Vaccination in Burma 1920-1933 - 1920-1933
Year: 1920
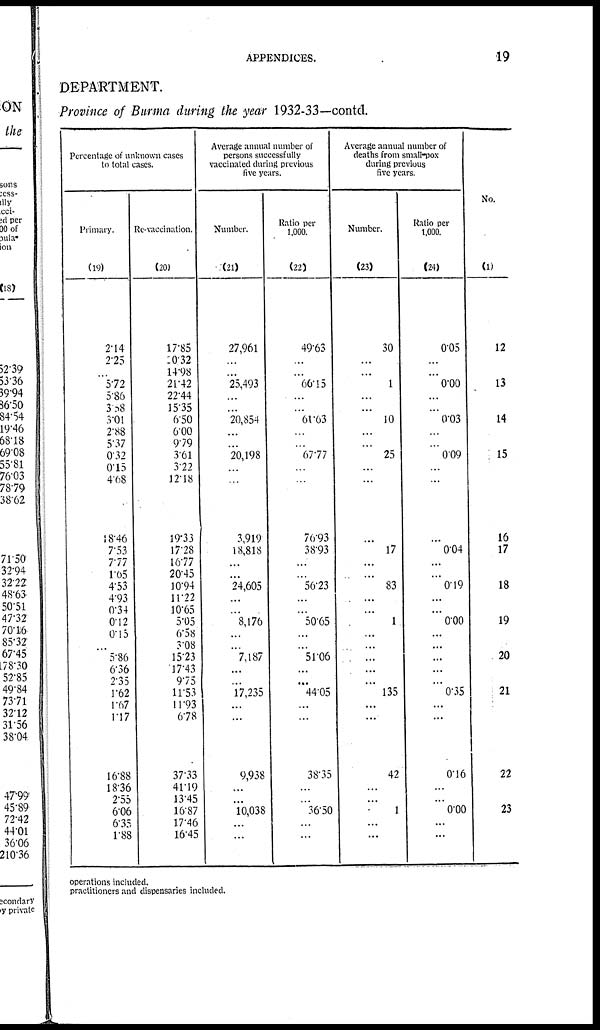
APPENDICES.
19
DEPARTMENT.
Province of Burma during the year 1932-33—contd.
Percentage of unknown cases
to total cases.
Primary.
(19)
2.14
2.25
...
5.72
5.86
3.08
3.01
2.88
5.37
0.32
0.15
4.68
18.46
7.53
7.77
1.65
4.53
4.93
0.34
0.12
0.15
...
5.86
636
2.35
1.62
1.67
1.17
16.88
18.36
2.55
6.06
6.35
1.88
Re-vaccination.
(20)
17.85
10.32
14.98
21.42
22.44
15.35
6.50
6.00
9.79
3.61
3.22
12.18
19.33
17.28
16.77
20.45
10.94
11.22
10.65
5.05
6.58
3.08
15.23
17.43
9.75
11.53
11.93
6.78
37.33
41.19
13.45
16.87
17.46
16.45
Average annual number of
persons successfully
vaccinated during previous
five years.
Number.
(21)
27,961
...
...
25,493
...
...
20,854
...
...
20,198
...
...
3,919
18,818
...
...
24,605
...
...
8,176
...
...
7,187
...
...
17,235
...
...
9,938
...
...
10,038
...
...
Ratio per
1,000.
(22)
49.63
...
...
66.15
...
...
61.63
...
...
67.77
...
...
76.93
38.93
...
...
56.23
...
...
50.65
...
...
51.06
...
...
44.05
...
...
38.35
...
...
36.50
...
...
Average annual number of
deaths from small-pox
during previous
five years.
Number.
(23)
30
...
...
1
...
...
10
...
...
25
...
...
...
17
...
...
83
...
...
1
...
...
...
...
...
135
...
...
42
...
...
1
...
...
Ratio per
1,000.
(24)
0.05
...
...
0.00
...
...
0.03
...
...
0.09
...
...
...
0.04
...
...
0.19
...
...
0.00
...
...
...
...
...
0.35
...
...
0.16
...
...
0.00
...
...
No.
(1)
12
13
14
15
16
17
18
19
20
21
22
23
operations included.
practitioners and dispensaries included.